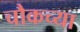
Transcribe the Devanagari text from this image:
चौकच्या